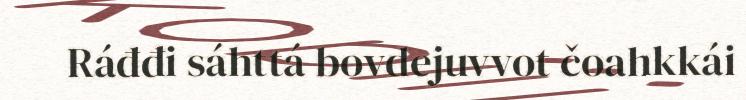
Ráđđi sáhttá bovdejuvvot čoahkkái